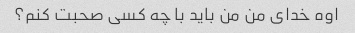
اوه خدای من من باید با چه کسی صحبت کنم؟